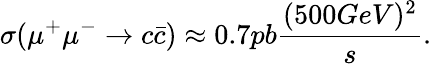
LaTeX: \sigma(\mu^{+}\mu^{-}\rightarrow c\bar{c})\approx 0.7pb{\frac{(500GeV)^{2}}{s}}.